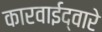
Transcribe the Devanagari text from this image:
कारवाईद्वारे